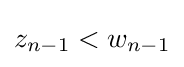
z_{n-1}<w_{n-1}